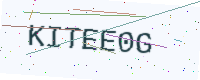
Text: KITEE0G